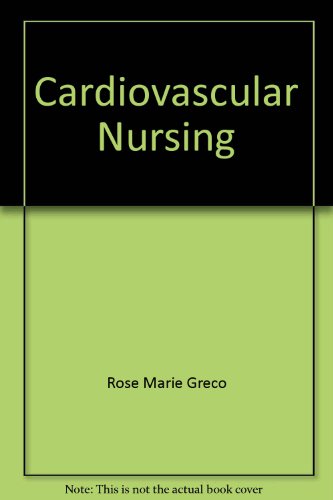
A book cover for Cardiovascular nursing (Nursing outline series); Rose Marie Greco; Medical Books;